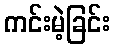
ကင်းမဲ့ခြင်း